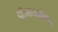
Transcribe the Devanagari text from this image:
डॉ॰मनमोहन